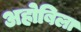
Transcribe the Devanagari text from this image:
अहोबिला